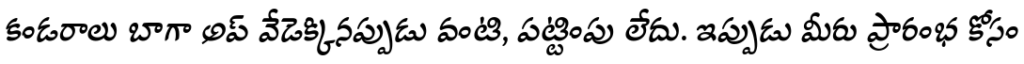
కండరాలు బాగా అప్ వేడెక్కినప్పుడు వంటి, పట్టింపు లేదు. ఇప్పుడు మీరు ప్రారంభ కోసం